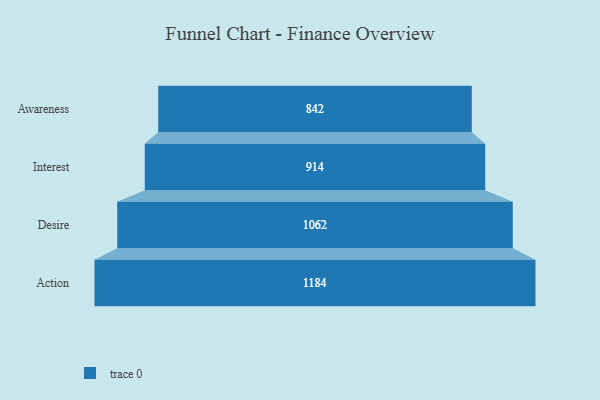
{"axis": {"x": "Stage", "y": "Value"}, "legend": [""], "data": [{"x": "Awareness", "y": 842.0, "type": ""}, {"x": "Interest", "y": 914.0, "type": ""}, {"x": "Desire", "y": 1062.0, "type": ""}, {"x": "Action", "y": 1184.0, "type": ""}]}